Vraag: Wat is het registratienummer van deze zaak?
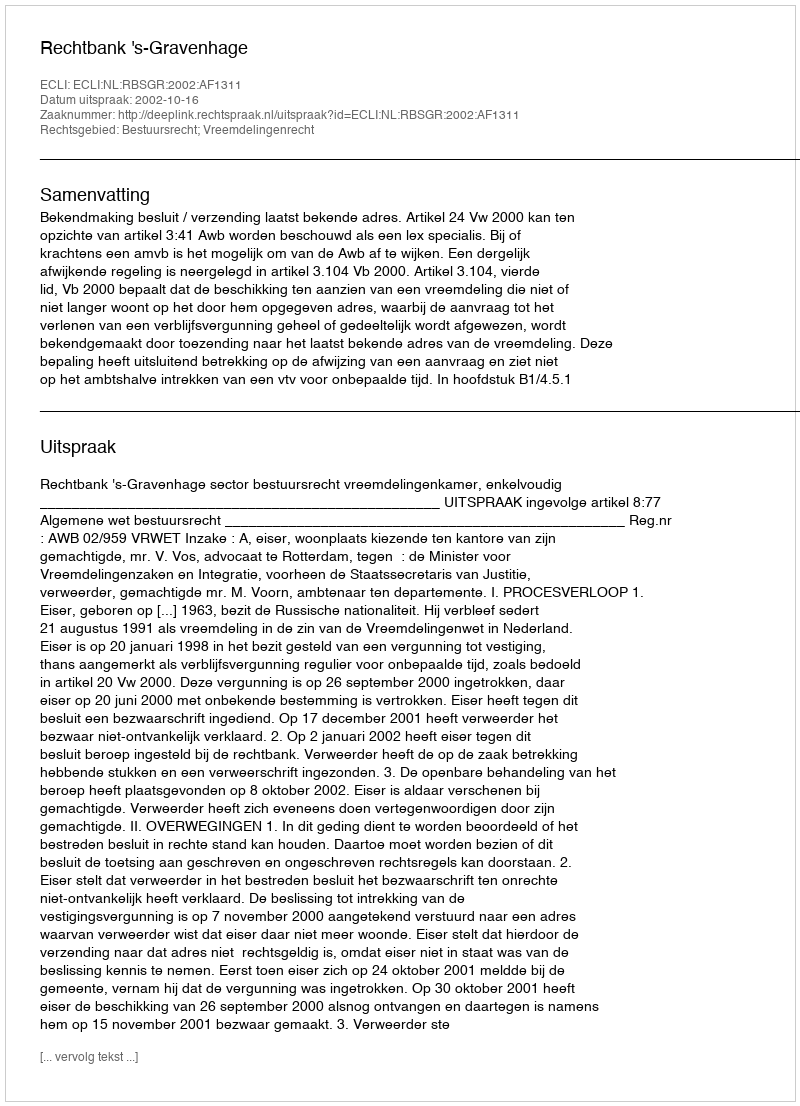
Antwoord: http://deeplink.rechtspraak.nl/uitspraak?id=ECLI:NL:RBSGR:2002:AF1311